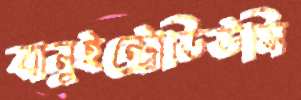
বানুইন্ট্রোডিউসি